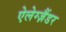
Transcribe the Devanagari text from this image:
ऐलेग्ज़ैंडर